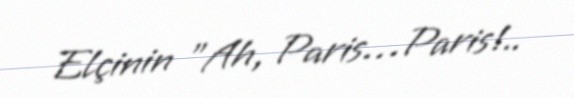
Elçinin "Ah, Paris…Paris!..